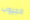
الجيوب